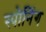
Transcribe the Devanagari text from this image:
स्पौनिंग